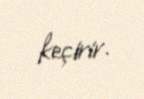
keçirir.